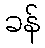
ခန်